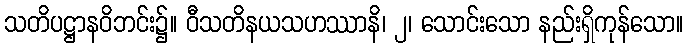
သတိပဋ္ဌာနဝိဘင်း၌။ ဝီသတိနယသဟဿာနိ၊ ၂၊ သောင်းသော နည်းရှိကုန်သော။